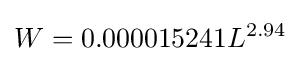
W=0.000015241L^{2.94}\!